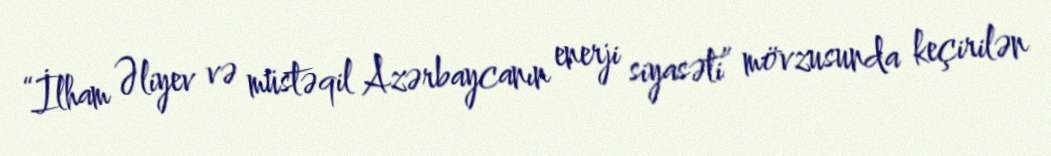
“İlham Əliyev və müstəqil Azərbaycanın enerji siyasəti” mövzusunda keçirilən